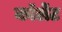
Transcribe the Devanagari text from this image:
कॉर्लेट